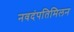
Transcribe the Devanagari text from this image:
नवदंपतिमिलन